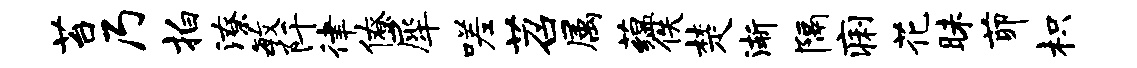
苔乃拍潦毓阡律僚犀嗟苕属蕴佚楚渐隔痢花昧茆枳